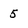
Character: 5